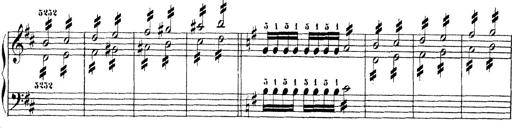
Title: Technische Studien
Composer: Franz Liszt